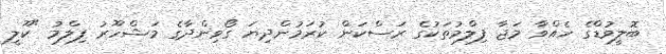
ބޮލީވުޑްގެ ހެއްވާ މަޖާ ފިލްމުތަކުގެ ރަސްކަން ކުރަމުންދިޔަ ގޯވިންދާގެ މަޝްހޫރު ފިލްމު "ކޫލީ